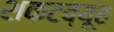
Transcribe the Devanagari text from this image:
शकटव्यूह